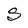
Character: S